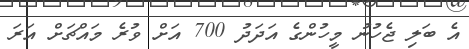
އެ ބަލި ޖެހުނު މީހުންގެ އަދަދު 700 އަށް ވުރެ މައްޗަށް އަރަ